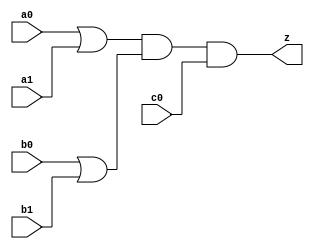
//#############################################################################
//# Function: Or-And (oa221) Gate                                             #
//# Copyright: OH Project Authors. ALl rights Reserved.                       #
//# License:  MIT (see LICENSE file in OH repository)                         # 
//#############################################################################

module oh_oa221 #(parameter DW = 1 ) // array width
   (
    input [DW-1:0]  a0,
    input [DW-1:0]  a1,
    input [DW-1:0]  b0,
    input [DW-1:0]  b1,
    input [DW-1:0]  c0, 
    output [DW-1:0] z
    );
   
   assign z = (a0 | a1) & (b0 | b1) & (c0);
   
endmodule